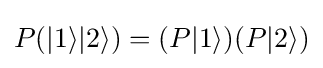
P(|1\rangle |2\rangle )=(P|1\rangle )(P|2\rangle )